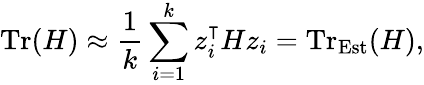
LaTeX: \mathrm{Tr}(H)\approx\frac{1}{k}\sum_{i=1}^{k}z_{i}^{\intercal}Hz_{i}=\mathrm{Tr}_{\mathrm{Est}}(H),